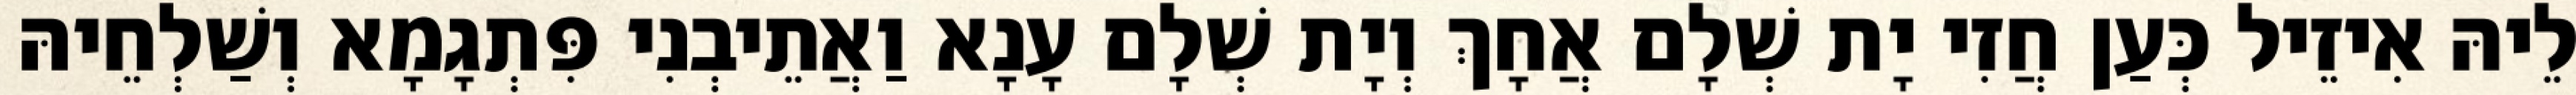
לֵיהּ אִיזֵיל כְּעַן חֲזִי יָת שְׁלָם אֲחָךְ וְיָת שְׁלָם עָנָא וַאֲתֵיבְנִי פִּתְגָמָא וְשַׁלְחֵיהּ